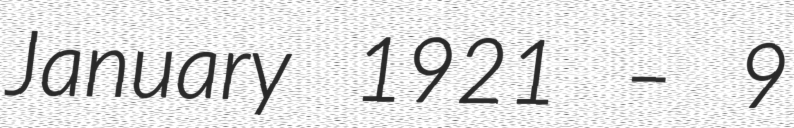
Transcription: January 1921 – 9